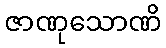
ဇာဏုသောဏိ